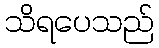
သိရပေသည်